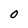
Character: O